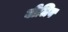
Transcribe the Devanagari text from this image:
बीलिव